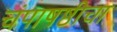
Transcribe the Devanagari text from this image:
चंपाषष्ठीचा